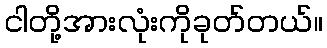
ငါတို့အားလုံးကိုခုတ်တယ်။